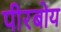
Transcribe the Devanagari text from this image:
पीरबोय